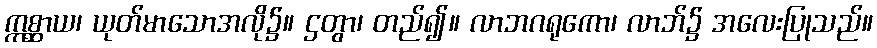
ဣစ္ဆာယ၊ ယုတ်မာသောအလို၌။ ဌတွာ၊ တည်၍။ လာဘဂရုကော၊ လာဘ်၌ အလေးပြုသည်။